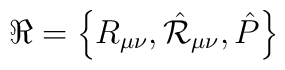
\Re = \left\{ R_{\mu\nu}, {\hat {\cal R}}_{\mu\nu},                                                 {\hat P} \right\}